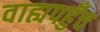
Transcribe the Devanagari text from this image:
वाह्यपहुँच